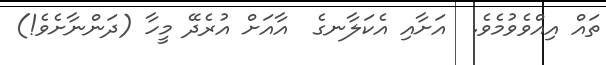
ތައް އިއްވެވުމެވެ.  އަށާއި އެކަލާނގެ  އާއަށް އުރެދޭ މީހާ (ދަންނާށެވެ!)